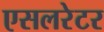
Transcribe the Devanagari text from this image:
एसलरेटर